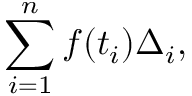
\sum _ { i = 1 } ^ { n } f ( t _ { i } ) \Delta _ { i } ,